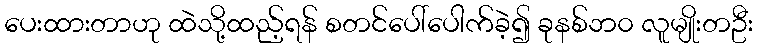
ပေးထားတာဟု ထဲသို့ထည့်ရန် စတင်ပေါ်ပေါက်ခဲ့၍ ခုနစ်ဘ၀ လူမျိုးတဦး